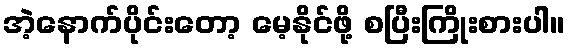
အဲ့နောက်ပိုင်းတော့ မေ့နိုင်ဖို့ စပြီးကြိုးစားပါ။